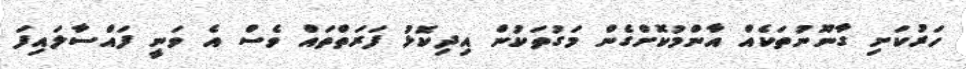
ހަރުކަށި ގާނޫނުތަކެއް އާންމުކޮށްގެން މަގުތަކުން އިދިކޮޅު ފަރަތްތައް ވެސް އެ ވަނީ ފައްސާލައިފަ